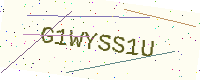
Text: G1WYSS1U